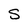
Character: S